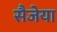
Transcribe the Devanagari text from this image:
सैजेया